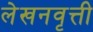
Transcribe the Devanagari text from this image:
लेखनवृत्ती